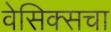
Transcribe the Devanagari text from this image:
वेसिक्सचा